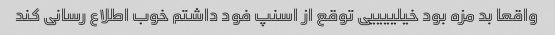
واقعا بد مزه بود خیلییییی توقع از اسنپ فود داشتم خوب اطلاع رسانی کند